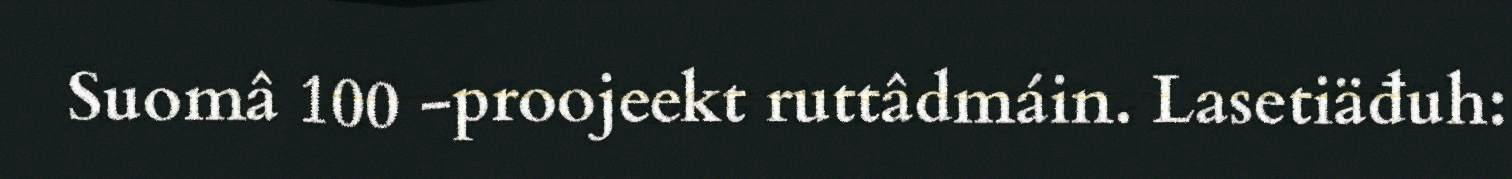
Suomâ 100 -proojeekt ruttâdmáin. Lasetiäđuh: